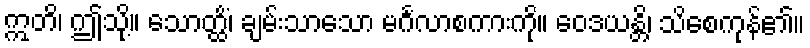
ဣတိ၊ ဤသို့။ သောတ္ထိံ၊ ချမ်းသာသော မင်္ဂလာစကားကို။ ဝေဒယန္တိ၊ သိစေကုန်၏။